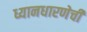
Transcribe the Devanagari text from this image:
ध्यानधारणेची